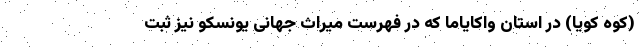
(کوه کویا) در استان واکایاما که در فهرست میراث جهانی یونسکو نیز ثبت